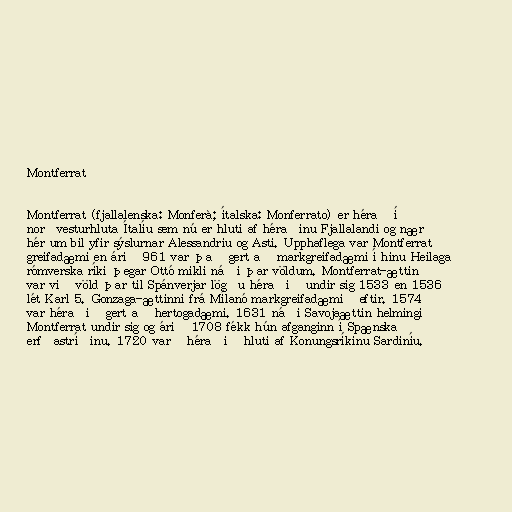
Montferrat

Montferrat (fjallalenska: Monferà; ítalska: Monferrato) er hérað í
norðvesturhluta Ítalíu sem nú er hluti af héraðinu Fjallalandi og nær
hér um bil yfir sýslurnar Alessandriu og Asti. Upphaflega var Montferrat
greifadæmi en árið 961 var það gert að markgreifadæmi í hinu Heilaga
rómverska ríki þegar Ottó mikli náði þar völdum. Montferrat-ættin
var við völd þar til Spánverjar lögðu héraðið undir sig 1533 en 1536
lét Karl 5. Gonzaga-ættinni frá Mílanó markgreifadæmið eftir. 1574
var héraðið gert að hertogadæmi. 1631 náði Savojaættin helmingi
Montferrat undir sig og árið 1708 fékk hún afganginn í Spænska
erfðastríðinu. 1720 varð héraðið hluti af Konungsríkinu Sardiníu.